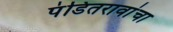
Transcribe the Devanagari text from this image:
पंडितरावांचा